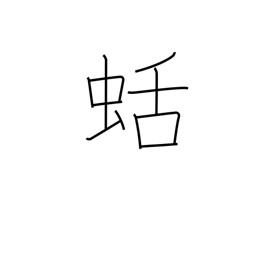
Meaning: kind of slug